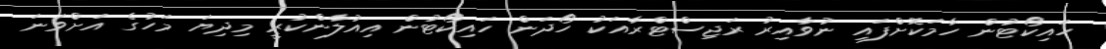
ހައިކޯޓުން ހާމަކޮށްފައި ނުވާއިރު ރަޖިސްޓްރާއަކު ހޯދަން ހައިކޯޓުން އިއުލާންކުރީ މިދިޔަ މަހުގެ އަށްވަނަ